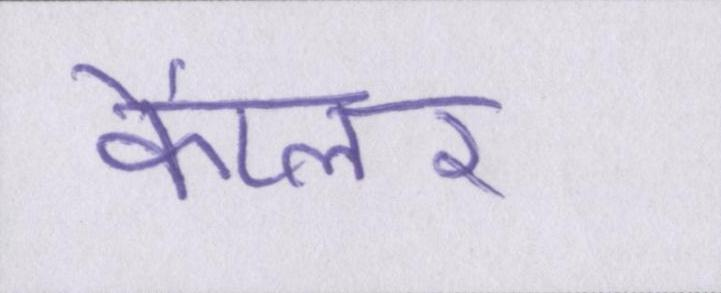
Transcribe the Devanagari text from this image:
कैप्लर